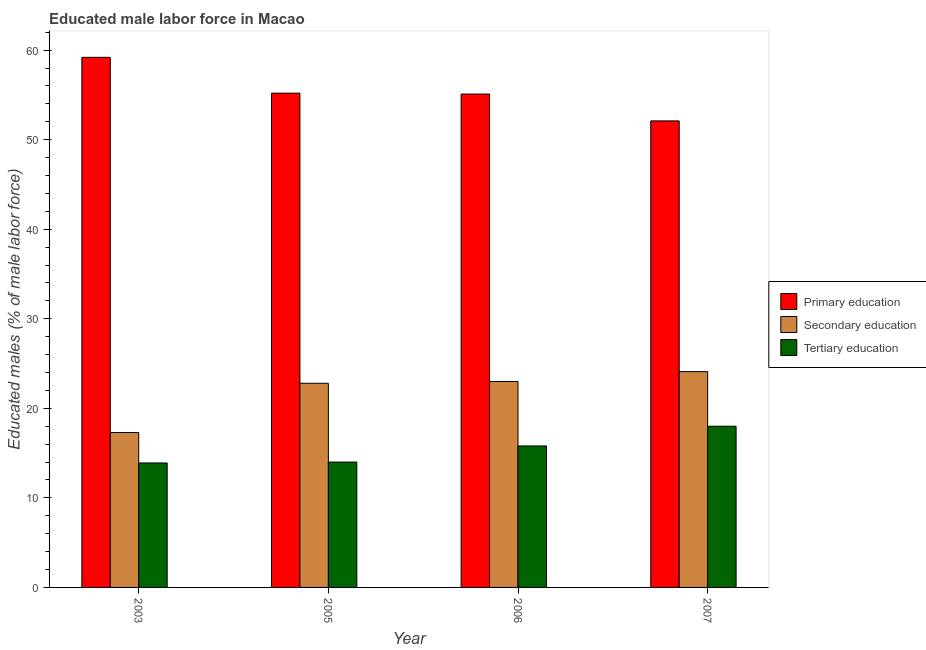
| Year | Primary education | Secondary education | Tertiary education |
 | --- | --- | --- | --- |
 | 2003 | 59.2 | 17.3 | 13.9 |
 | 2005 | 55.2 | 22.8 | 14 |
 | 2006 | 55.1 | 23 | 15.8 |
 | 2007 | 52.1 | 24.1 | 18 |